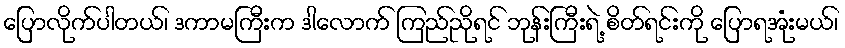
ပြောလိုက်ပါတယ်၊ ဒကာမကြီးက ဒါလောက် ကြည်ညိုရင် ဘုန်းကြီးရဲ့ စိတ်ရင်းကို ပြောရအုံးမယ်၊